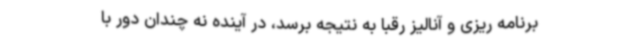
برنامه ریزی و آنالیز رقبا به نتیجه برسد، در آینده نه چندان دور با